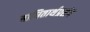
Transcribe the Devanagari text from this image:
बाधितार्थप्रसंग